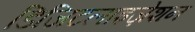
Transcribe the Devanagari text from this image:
डिजिटलाइज़ेशन